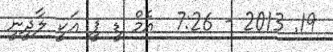
19